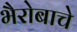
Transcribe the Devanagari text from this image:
भैरोबाचे